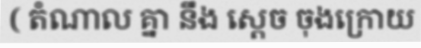
( តំណាល គ្នា នឹង ស្តេច ចុងក្រោយ